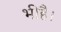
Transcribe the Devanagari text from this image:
भीहै।